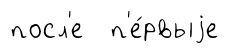
посл'е п'е́рвыjе